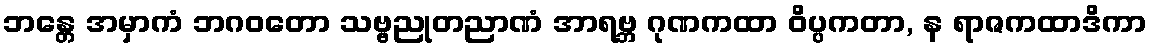
ဘန္တေ အမှာကံ ဘဂဝတော သဗ္ဗညုတညာဏံ အာရဗ္ဘ ဂုဏကထာ ဝိပ္ပကတာ, န ရာဇကထာဒိကာ